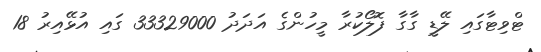
ޓްވިޓާގައި ލޭޑީ ގާގާ ފޮލޯކުރާ މީހުންގެ އަދަދު 33329000 ގައި އުޅޭއިރު 18